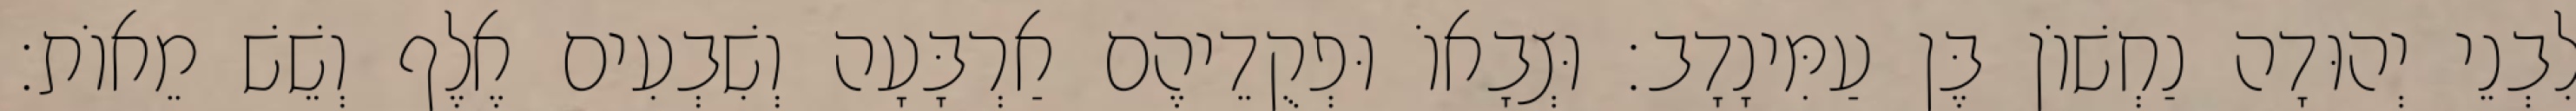
לִבְנֵי יְהוּדָה נַחְשׁוֹן בֶּן עַמִּינָדָב׃ וּצְבָאוֹ וּפְקֻדֵיהֶם אַרְבָּעָה וְשִׁבְעִים אֶלֶף וְשֵׁשׁ מֵאוֹת׃